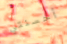
أحسنتي